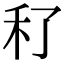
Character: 䄦